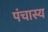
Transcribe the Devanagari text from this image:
पंचास्य